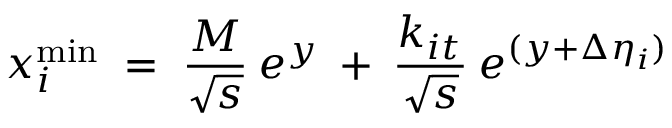
x _ { i } ^ { \mathrm { m i n } } \; = \; \frac { M } { \sqrt { s } } \: e ^ { y } \: + \: \frac { k _ { i t } } { \sqrt { s } } \: e ^ { ( y + \Delta \eta _ { i } ) }